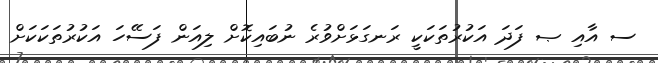
ސ އާއި ޞ ފަދަ އަކުރުތަކަކީ ރަނގަޅަށްވުރެ ނުބައިކޮށް ލިއަން ފަސޭހަ އަކުރުތަކަކަށް